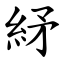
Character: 䋒